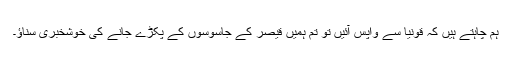
ہم چاہتے ہیں کہ قونیا سے واپس آئیں تو تم ہمیں قیصر کے جاسوسوں کے پکڑے جانے کی خوشخبری سناؤ۔